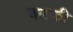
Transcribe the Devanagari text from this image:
आराकी